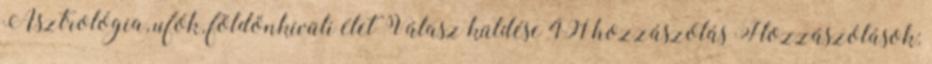
Asztrológia, ufók, földönkívüli élet Válasz küldése 491 hozzászólás Hozzászólások: